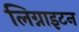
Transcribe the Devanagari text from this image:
लिग्नाइटन